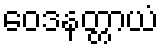
ဝေဒနတ္တာယံ